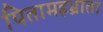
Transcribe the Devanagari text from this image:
पितामहभ्राता